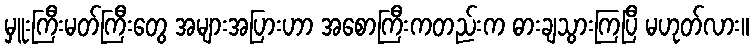
မှူးကြီးမတ်ကြီးတွေ အများအပြားဟာ အစောကြီးကတည်းက ဓားချသွားကြပြီ မဟုတ်လား။